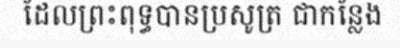
ដែលព្រះពុទ្ធបានប្រសូត្រ ជាកន្លែង